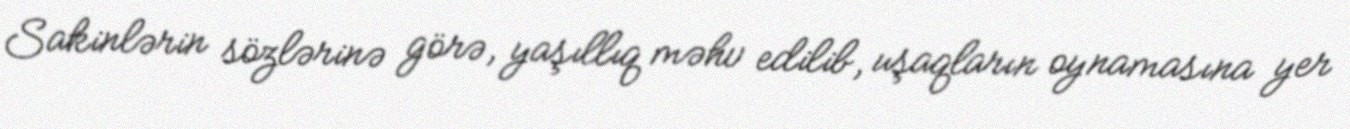
Sakinlərin sözlərinə görə, yaşıllıq məhv edilib, uşaqların oynamasına yer